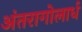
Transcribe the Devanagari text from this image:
अंतरागोलार्ध